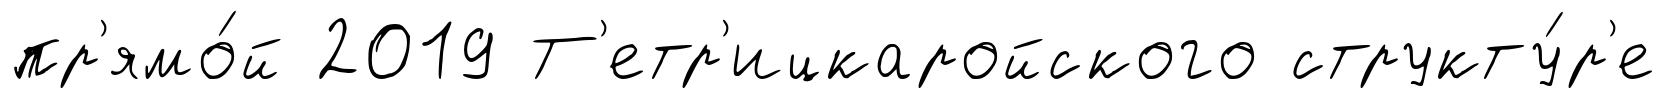
пр'ямо́й 2019 Т'етр'ицкаройского структу́р'е